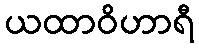
ယထာဝိဟာရီ